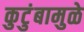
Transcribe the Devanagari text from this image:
कुटुंबामुळे